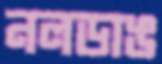
নলডাঙ